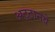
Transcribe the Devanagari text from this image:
अट्‍ठानवे